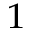
_ 1